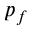
p _ { f }